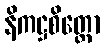
နိကဋ္ဌစိတ္တော